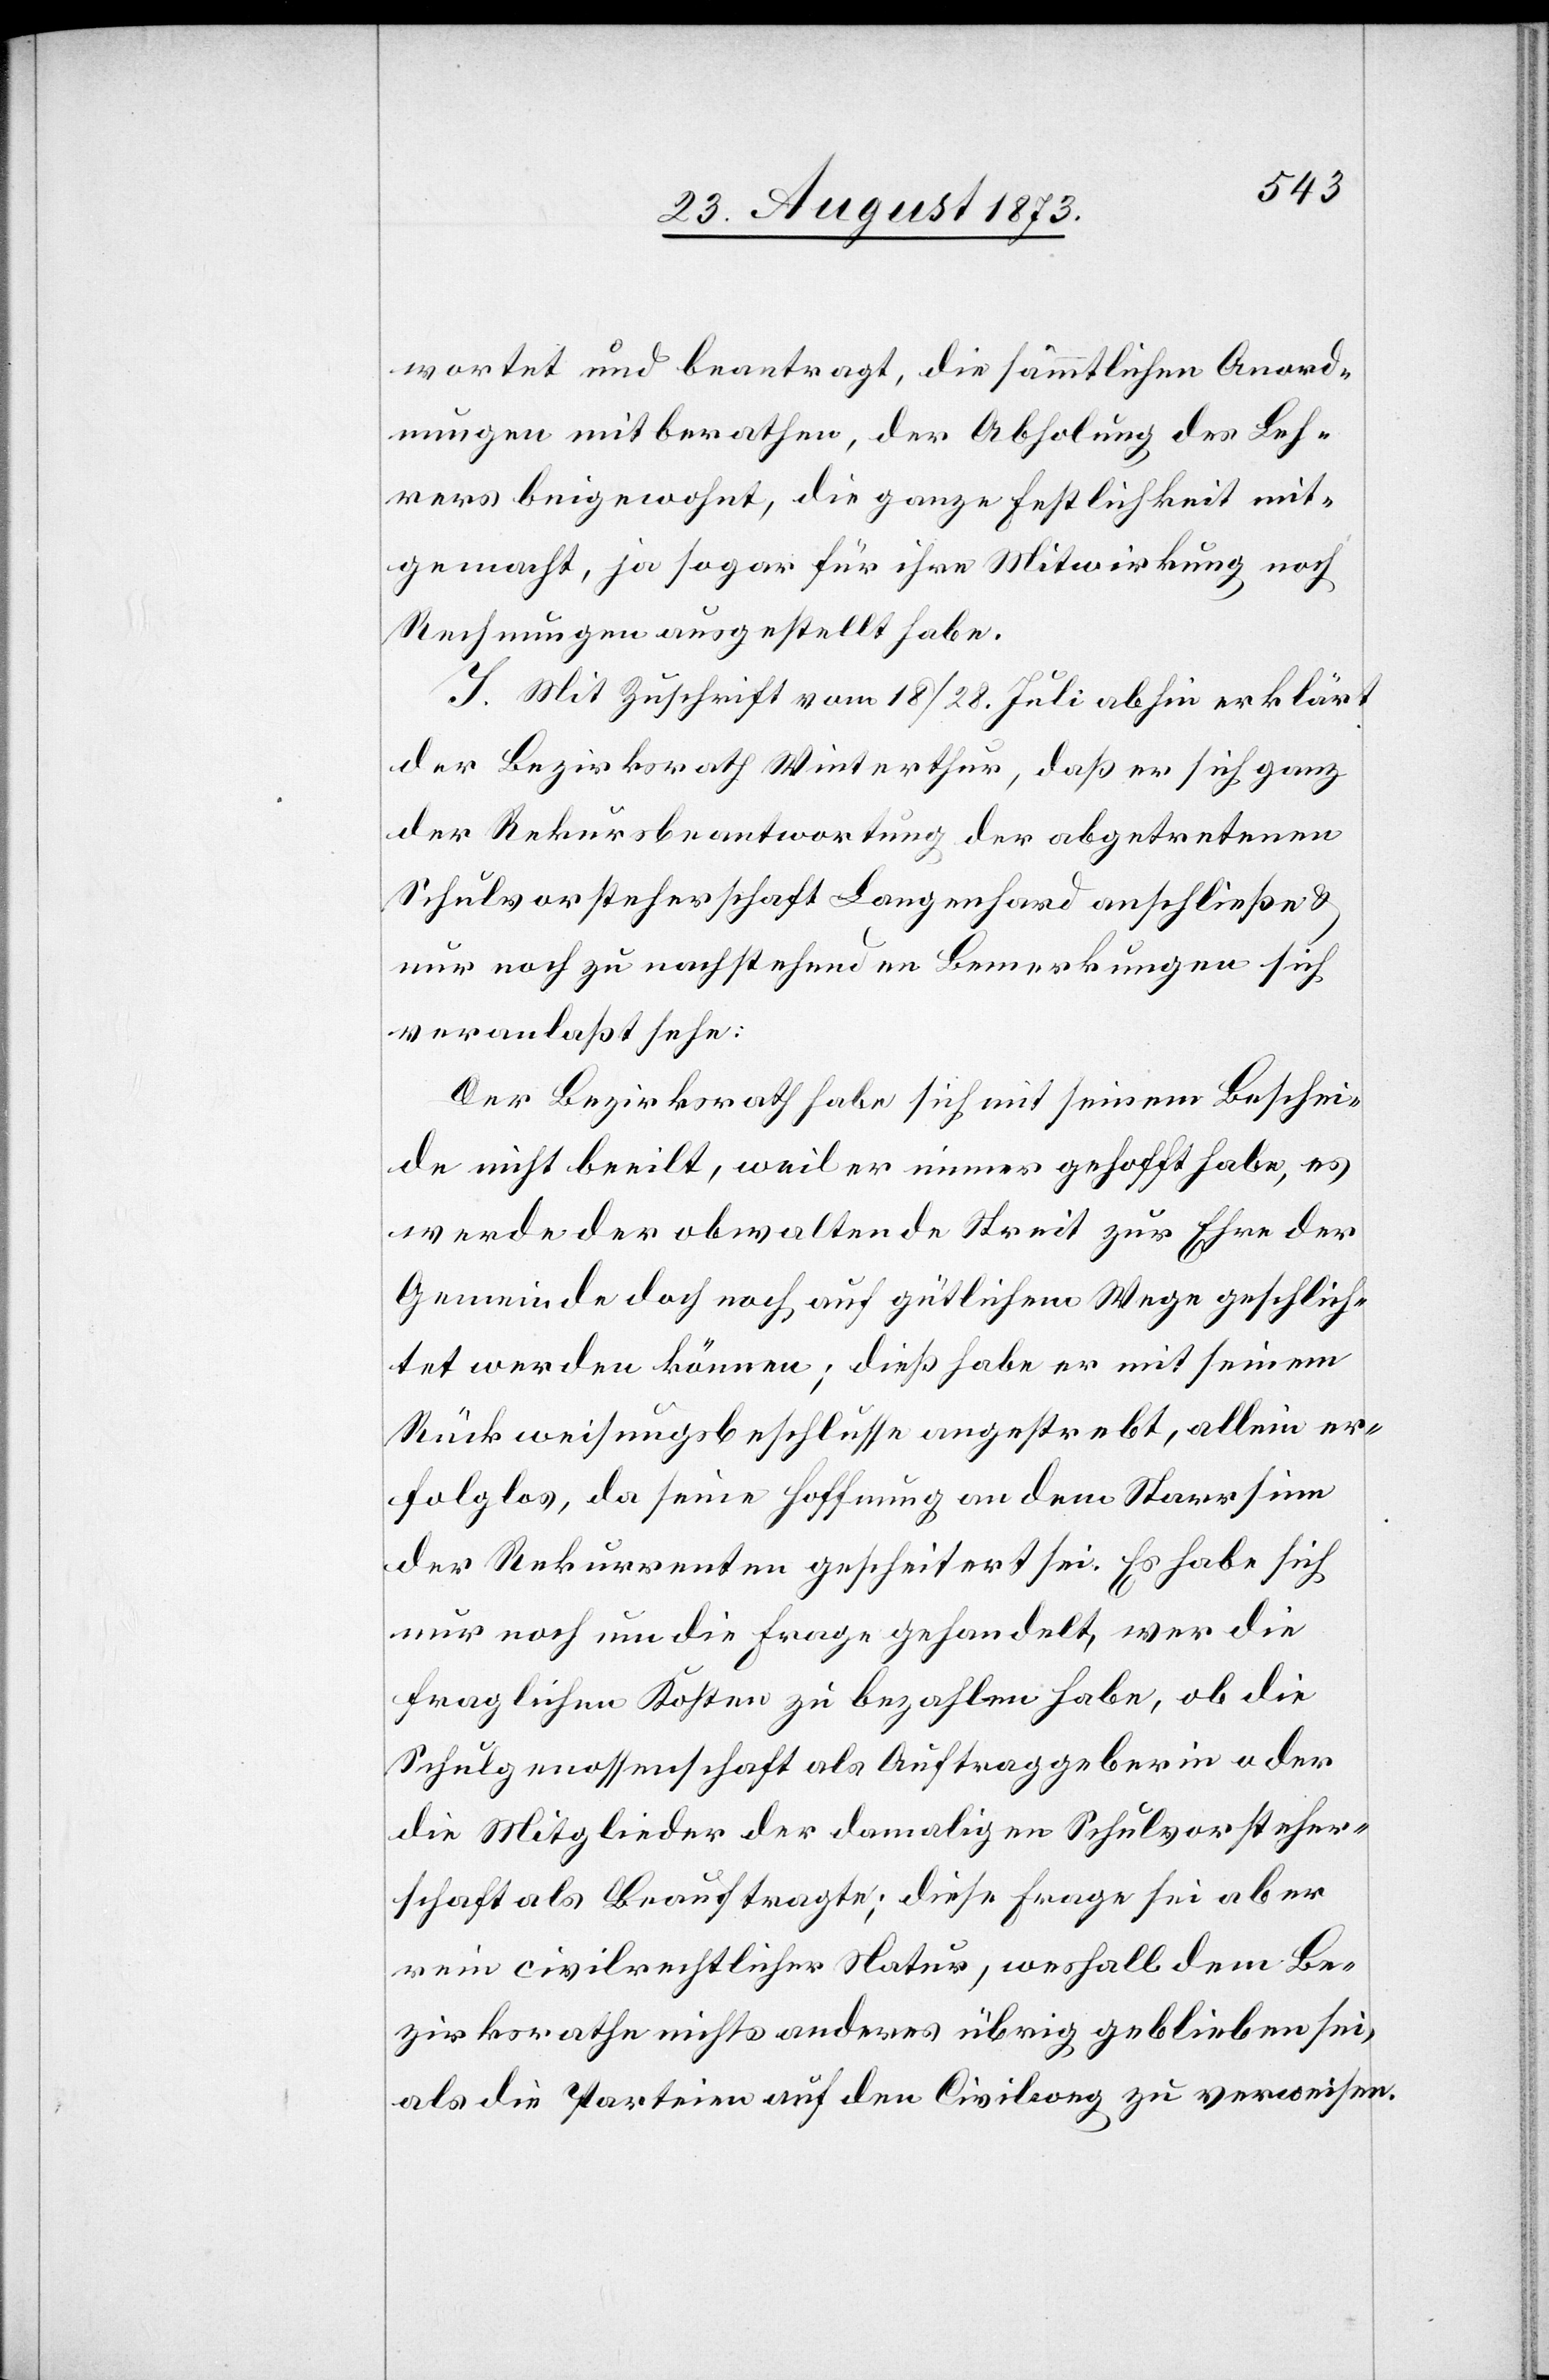
wortet und beantragt, die sämmtlichen Anord¬
nungen mitberathen, der Abholung des Leh¬
rers beigewohnt, die ganze Festlichkeit mit¬
gemacht, ja sogar für ihre Mitwirkung noch
Rechnungen ausgestellt habe.
I. Mit Zuschrift vom 18./28. Juli abhin erklärt
der Bezirksrath Winterthur, daß er sich ganz
der Rekursbeantwortung der abgetretenen
Schulvorsteherschaft Langenhard anschließe &
nur noch zu nachstehenden Bemerkungen sich
veranlaßt sehe:
Der Bezirksrath habe sich mit seinem Beschei¬
de nicht beeilt, weil er immer gehofft habe, es
werde der obwaltende Streit zur Ehre der
Gemeinde doch noch auf gütlichem Wege geschlich¬
tet werden können; dieß habe er mit seinem
Rückweisungsbeschlusse angestrebt, allein er¬
folglos, da seine Hoffnung an dem Starrsinn
der Rekurrenten gescheitert sei. Es habe sich
nur noch um die Frage gehandelt, wer die
fraglichen Kosten zu bezahlen habe, ob die
Schulgenossenschaft als Auftraggeberin oder
die Mitglieder der damaligen Schulvorsteher¬
schaft als Beauftragte; diese Frage sei aber
rein civilrechtlicher Natur, weshalb dem Be¬
zirksrathe nicht anderes übrig geblieben sei,
als die Parteien auf den Civilweg zu verweisen.